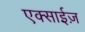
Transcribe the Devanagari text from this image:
एक्साईज़